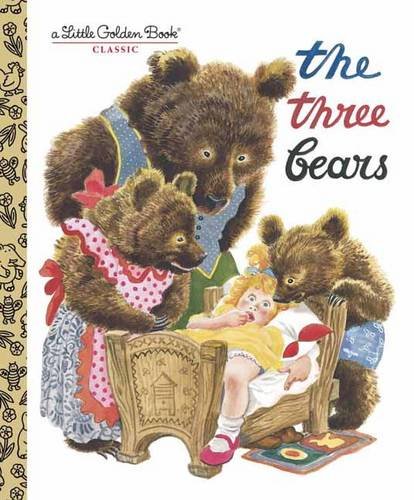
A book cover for The Three Bears; Children's Books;